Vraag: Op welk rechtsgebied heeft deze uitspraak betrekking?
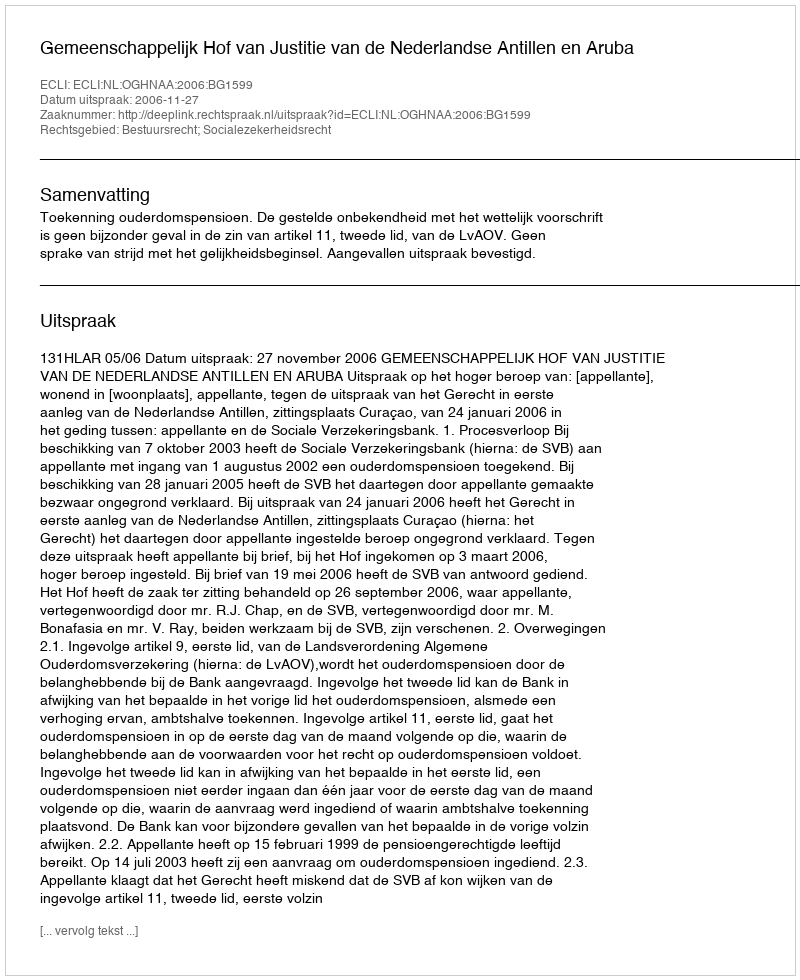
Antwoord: Bestuursrecht; Socialezekerheidsrecht